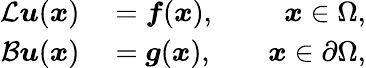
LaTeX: \begin{array}{rlr}{\mathcal{L}\boldsymbol{u}(\boldsymbol{x})}&{{}=\boldsymbol{f}(\boldsymbol{x}),}&{\quad\boldsymbol{x}\in\Omega,}\\ {\mathcal{B}\boldsymbol{u}(\boldsymbol{x})}&{{}=\boldsymbol{g}(\boldsymbol{x}),}&{\quad\boldsymbol{x}\in\partial\Omega,}\end{array}